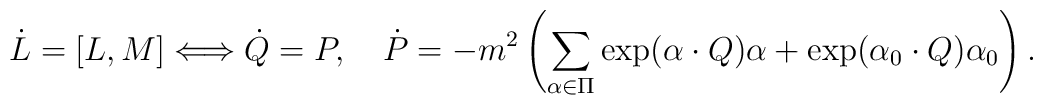
\dot{L}=[L,M]\Longleftrightarrow \dot{Q}=P,   \quad \dot{P}=-m^2\left(\sum_{\alpha\in\Pi}\exp({\alpha\cdot Q})\alpha+   \exp({\alpha_0\cdot Q})\alpha_0\right).